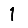
Digit: 1